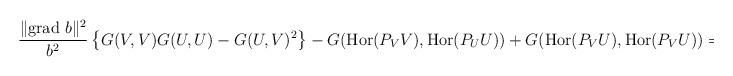
LaTeX: \begin{align*} \frac{\|\mbox{grad }b\|^2}{b^2}\left\{G(V,V)G(U,U) - G(U,V)^2\right\}- G(\mbox{Hor}(P_VV),\mbox{Hor}(P_UU)) +G(\mbox{Hor}(P_VU),\mbox{Hor}(P_VU)) = 0,\end{align*}